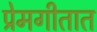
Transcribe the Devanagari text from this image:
प्रेमगीतात